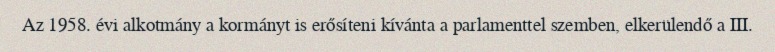
Az 1958. évi alkotmány a kormányt is erősíteni kívánta a parlamenttel szemben, elkerülendő a III.